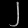
Digit: ၂